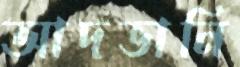
আদভানি